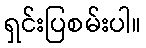
ရှင်းပြစမ်းပါ။